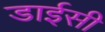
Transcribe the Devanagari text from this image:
डाईसी